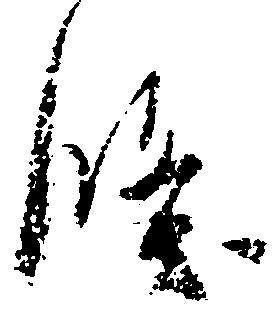
条